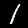
Digit: 1